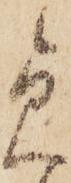
急